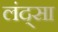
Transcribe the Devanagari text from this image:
लंद्सा